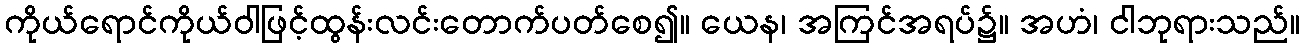
ကိုယ်ရောင်ကိုယ်ဝါဖြင့်ထွန်းလင်းတောက်ပတ်စေ၍။ ယေန၊ အကြင်အရပ်၌။ အဟံ၊ ငါဘုရားသည်။